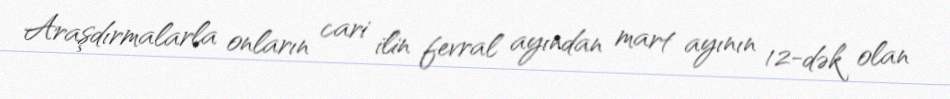
Araşdırmalarla onların cari ilin fevral ayından mart ayının 12-dək olan